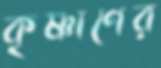
কৃষ্ণাণের